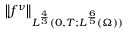
\left\lVert f ^ { \nu } \right\rVert _ { L ^ { \frac 4 3 } ( 0 , T ; L ^ { \frac 6 5 } ( \Omega ) ) }